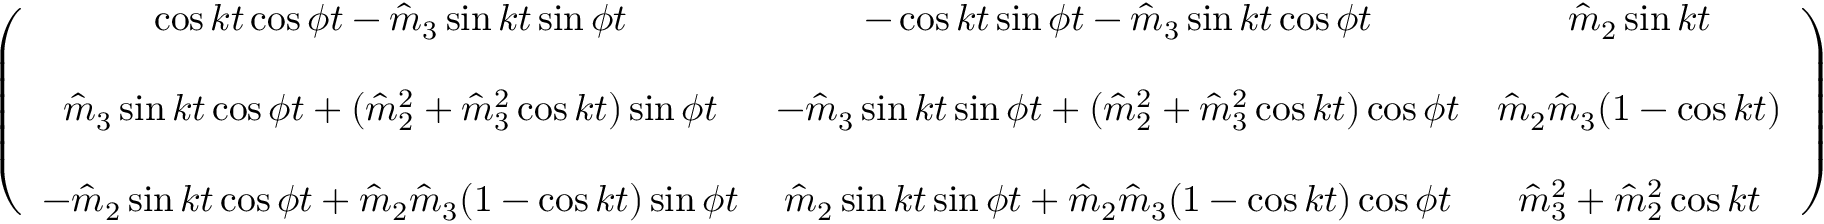
\begin{array} { r } { \left( \begin{array} { c c c } { \cos k t \cos \phi t - \hat { m } _ { 3 } \sin k t \sin \phi t } & { - \cos k t \sin \phi t - \hat { m } _ { 3 } \sin k t \cos \phi t } & { \hat { m } _ { 2 } \sin k t } \\ { } & { } & { } \\ { \hat { m } _ { 3 } \sin k t \cos \phi t + ( \hat { m } _ { 2 } ^ { 2 } + \hat { m } _ { 3 } ^ { 2 } \cos k t ) \sin \phi t } & { - \hat { m } _ { 3 } \sin k t \sin \phi t + ( \hat { m } _ { 2 } ^ { 2 } + \hat { m } _ { 3 } ^ { 2 } \cos k t ) \cos \phi t } & { \hat { m } _ { 2 } \hat { m } _ { 3 } ( 1 - \cos k t ) } \\ { } & { } & { } \\ { - \hat { m } _ { 2 } \sin k t \cos \phi t + \hat { m } _ { 2 } \hat { m } _ { 3 } ( 1 - \cos k t ) \sin \phi t } & { \hat { m } _ { 2 } \sin k t \sin \phi t + \hat { m } _ { 2 } \hat { m } _ { 3 } ( 1 - \cos k t ) \cos \phi t } & { \hat { m } _ { 3 } ^ { 2 } + \hat { m } _ { 2 } ^ { 2 } \cos k t } \end{array} \right) } \end{array}